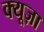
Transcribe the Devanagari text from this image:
क्यूज़ा